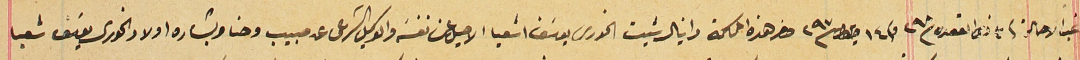
غب الاحالة فى ٣ ذى القعده سنة ٢٩٨ وفى ١٤ ايلول سنة ٢٩٧ حضر هذه المحاكمة دانيال شيت الخورى يوسَف اشعيا الاصيل عن نفسَه والوكيل الشرعى عن حبيب وحنا وبشاره اولاد الخورى يوسَف شعيا